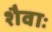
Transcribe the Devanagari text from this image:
शैवाः